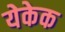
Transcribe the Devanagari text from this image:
येकेक